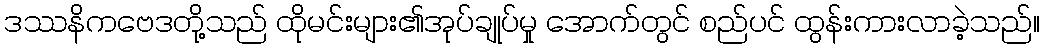
ဒဿနိကဗေဒတို့သည် ထိုမင်းများ၏အုပ်ချုပ်မှု အောက်တွင် စည်ပင် ထွန်းကားလာခဲ့သည်။